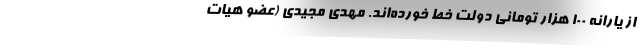
از یارانه 100 هزار تومانی دولت خط خورده‌اند. مهدی مجیدی (عضو هیات